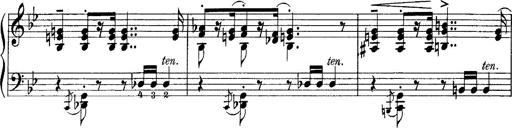
Title: Scherzo und Marsch
Composer: Franz Liszt